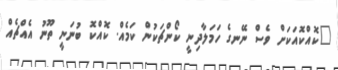
"ކޮއްކޮއަކަށް ވެސް ނޭނގެ ހަމަލާދިނީ ކޯންޗަކުން ކަމެއް. ކޮއްކޮ ބުނަނީ ތޫނު އެއްޗެއް